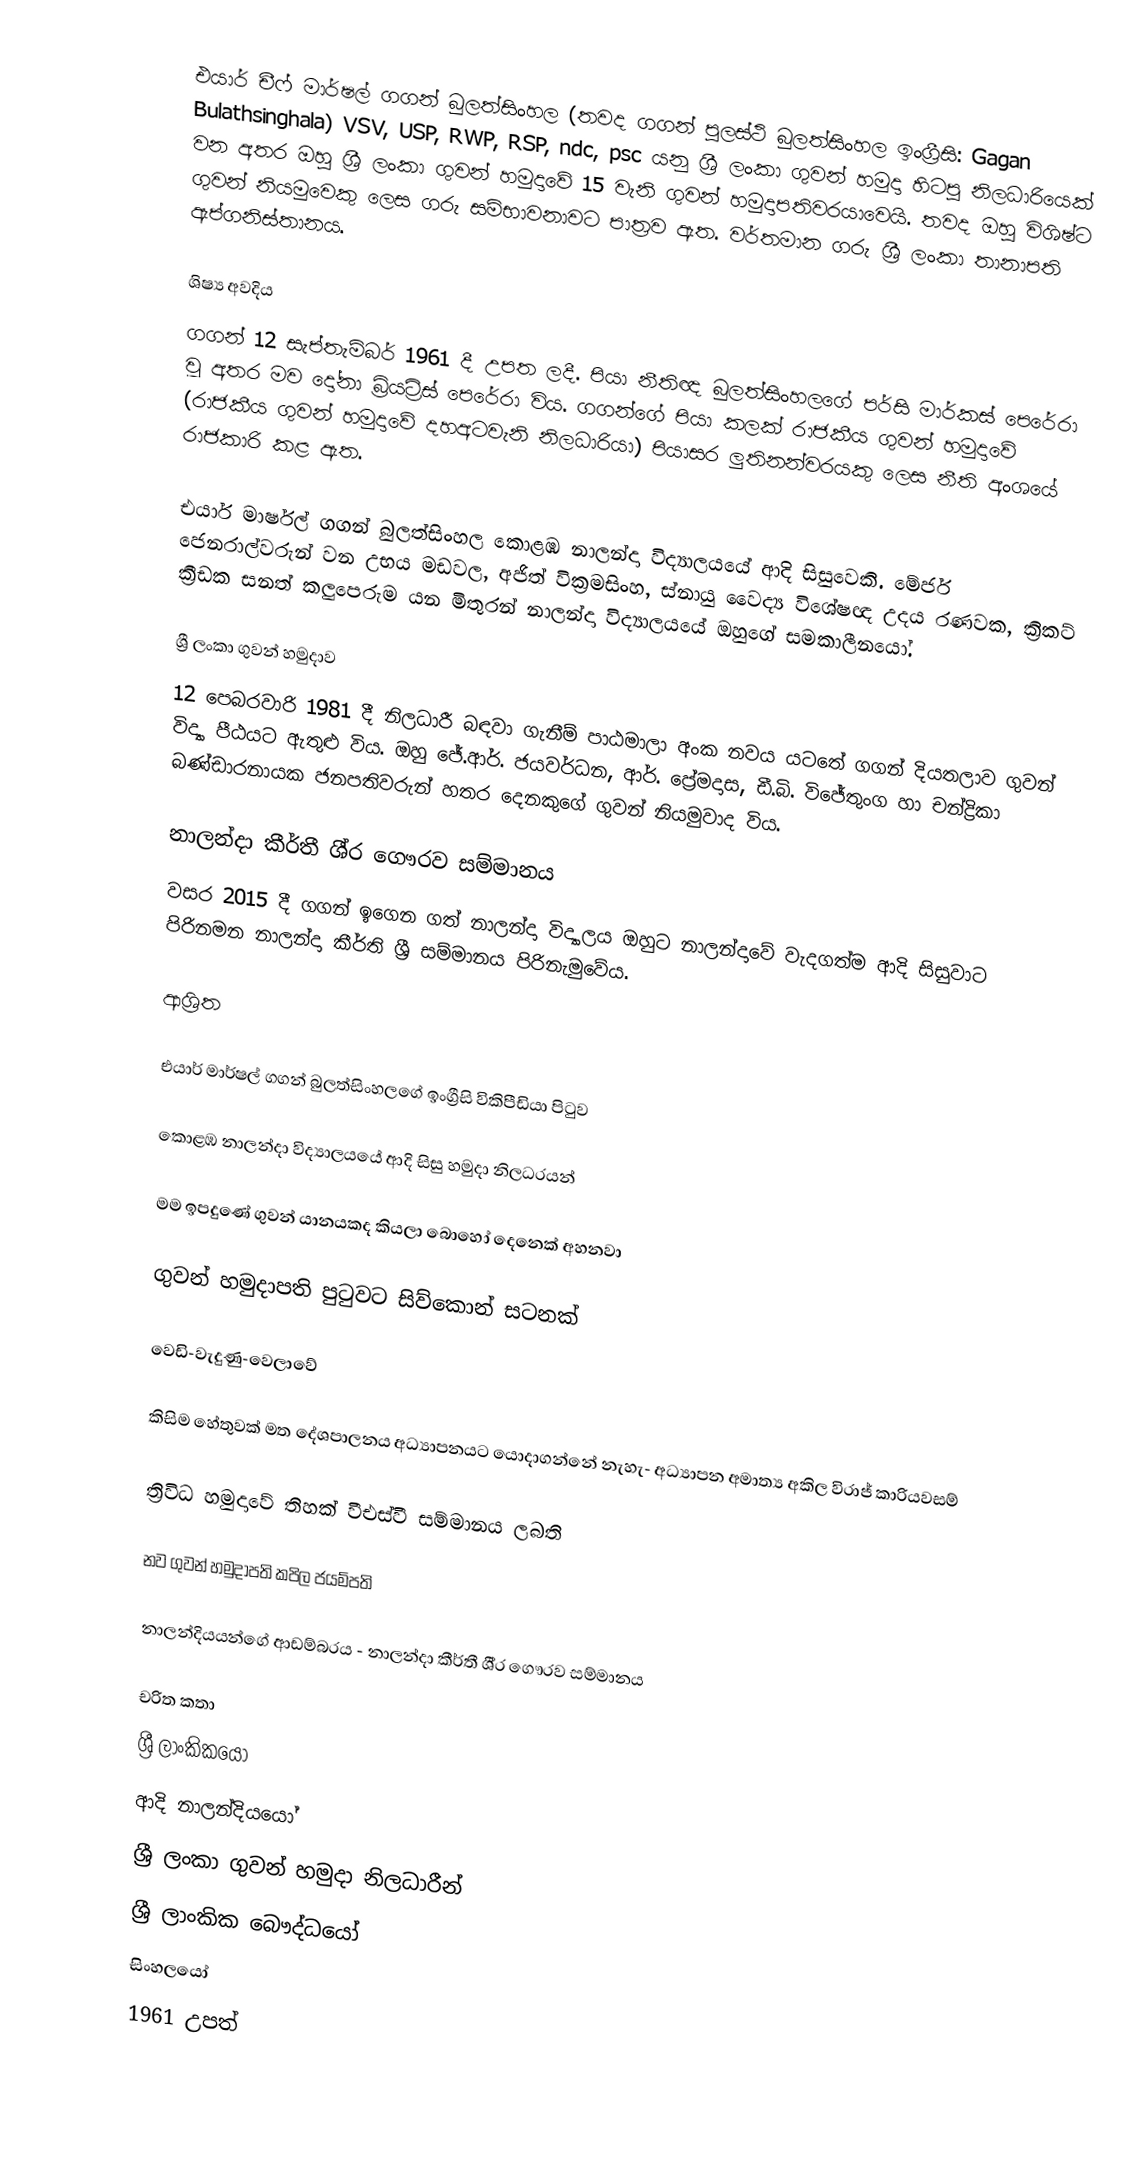
එයාර් චීෆ් මාර්ෂල් ගගන් බුලත්සිංහල (තවද ගගන් පුලස්ථි බුලත්සිංහල ඉංග්‍රීසි: Gagan Bulathsinghala) VSV,  USP, RWP, RSP, ndc, psc යනු  ශ්‍රී ලංකා ගුවන් හමුදා හිටපු නිලධාරියෙක් වන අතර ඔහු  ශ්‍රී ලංකා ගුවන් හමුදාවේ 15 වැනි ගුවන් හමුදාපතිවරයාවෙයි. තවද ඔහු විශිෂ්ට ගුවන් නියමුවෙකු  ලෙස ගරු සම්භාවනාවට පාත්‍රව ඇත. වර්තමාන ගරු ශ්‍රී ලංකා තානාපති ඇප්ගනිස්තානය.

ශිෂ්‍ය අවදිය
ගගන් 12 සැප්තැම්බර් 1961 දී උපත ලදී. පියා නීතිඥ බුලත්සිංහලගේ පර්සි මාර්කස් පෙරේරා වූ අතර මව දෝනා බ්‍රියට්‍රිස් පෙරේරා විය.  ගගන්ගේ පියා කලක් රාජකීය ගුවන් හමුදාවේ (රාජකීය ගුවන් හමුදාවේ දහඅටවැනි නිලධාරියා) පියාසර ලුතිනන්වරයකු ලෙස නීති අංශයේ රාජකාරි කළ ඇත.

එයාර් මාර්ෂල් ගගන් බුලත්සිංහල  කොළඹ නාලන්දා විද්‍යාලයයේ ආදි සිසුවෙකි. මේජර් ජෙනරාල්වරුන් වන උභය මඩවල,  අජිත් වික්‍රමසිංහ, ස්නායු වෛද්‍ය විශේෂඥ උදය රණවක, ක්‍රිකට් ක්‍රීඩක සනත් කලුපෙරුම යන මිතුරන්  නාලන්දා විද්‍යාලයයේ ඔහුගේ සමකාලීනයෝ.

ශ්‍රී ලංකා ගුවන් හමුදාව
12 පෙබරවාරි 1981 දී නිලධාරී බඳවා ගැනීම් පාඨමාලා අංක නවය යටතේ ගගන් දියතලාව ගුවන් විද්‍යා පීඨයට ඇතුළු විය. ඔහු ජේ.ආර්. ජයවර්ධන, ආර්. ප්‍රේමදාස, ඩී.බි. විජේතුංග  හා චන්ද්‍රිකා බණ්ඩාරනායක ජනපතිවරුන් හතර දෙනකුගේ ගුවන් නියමුවාද විය.

නාලන්දා කීර්තී ශී‍්‍ර ගෞරව සම්මානය
වසර 2015 දී  ගගන් ඉගෙන ගත් නාලන්දා විද්‍යාලය ඔහුට නාලන්දාවේ වැදගත්ම ආදි සිසුවාට පිරිනමන නාලන්දා කීර්ති ශ්‍රී සම්මානය පිරිනැමුවේය.

ආශ්‍රිත

 එයාර් මාර්ෂල් ගගන් බුලත්සිංහලගේ ඉංග්‍රීසි විකිපීඩියා පිටුව

 කොළඹ නාලන්දා විද්‍යාලයයේ ආදි සිසු හමුදා නිලධරයන්

 මම ඉපදුණේ ගුවන් යානයකද කියලා බොහෝ දෙනෙක් අහනවා

  ගුවන් හමුදාපති පුටුවට සිව්කොන් සටනක්

 වෙඩි-වැදුණු-වෙලාවේ

 කිසිම හේතුවක් මත දේශපාලනය අධ්‍යාපනයට යොදාගන්නේ නැහැ- අධ්‍යාපන අමාත්‍ය අකිල විරාජ් කාරියවසම්

 ත්‍රිවිධ හමුදාවේ තිහක් වීඑස්වී සම්මානය ලබති

 නව ගුවන් හමුදාපති කපිල ජයම්පති

 නාලන්දියයන්ගේ ආඩම්බරය - නාලන්දා කීර්තී ශී‍්‍ර ගෞරව සම්මානය

චරිත කතා
ශ්‍රී ලාංකිකයෝ
ආදි නාලන්දියයෝ
ශ්‍රී ලංකා ගුවන් හමුදා නිලධාරීන්
ශ්‍රී ලාංකික බෞද්ධයෝ
සිංහලයෝ
1961 උපත්